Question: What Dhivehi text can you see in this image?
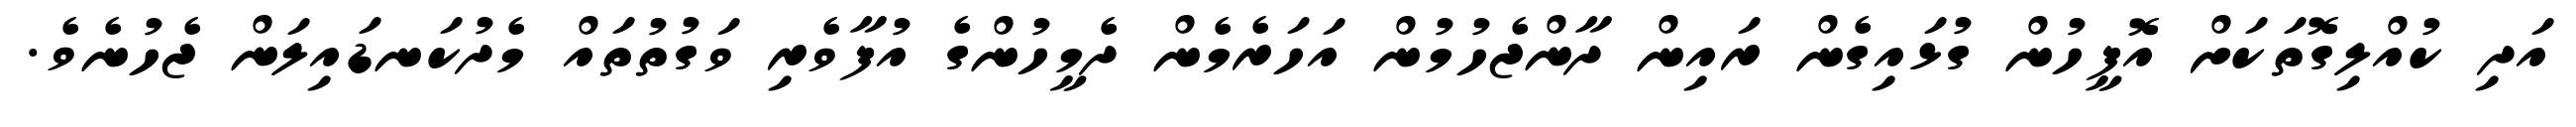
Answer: އަދި ކުއްލިގޮތަކަށް އޮފީހުން ގުޅައިގެން ރައިން ދާންޖެހުމުން އަހަރެމެން ދެމީހުންގެ އުފާވެރި ވަގުތުތައް މެދުކަނޑައިލަން ޖެހުނެވެ.